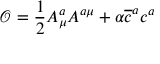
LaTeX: \mathcal { O } = \frac { 1 } { 2 } A _ { \mu } ^ { a } A ^ { a \mu } + \alpha \overline { { { c } } } ^ { a } c ^ { a }